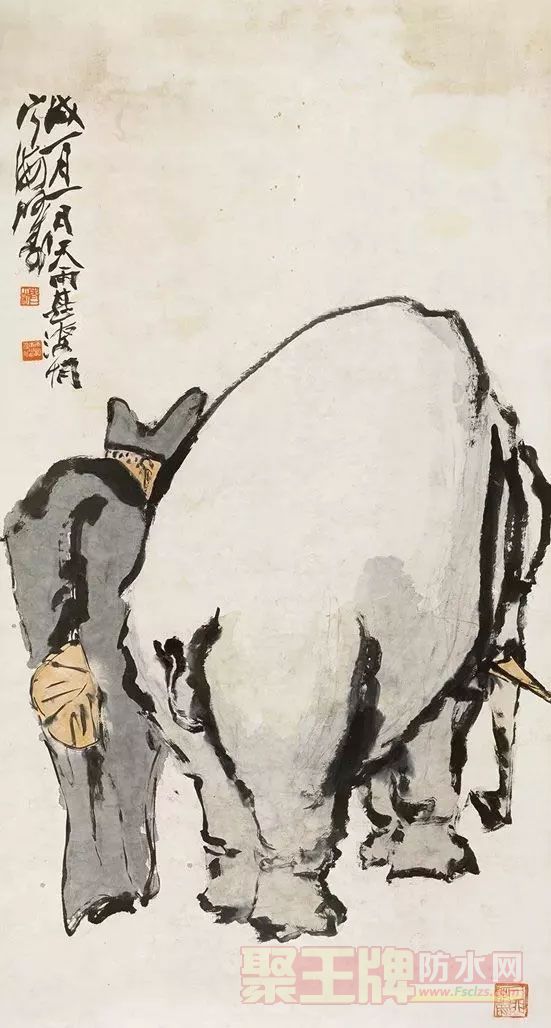
视其所以，观其所由，察其所安，人焉廋哉！人焉廋哉！